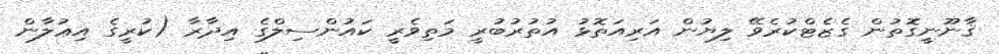
ޤާނޫނީގޮތުން ގެޒެޓްކުރެވޭ ލިޔުން އަރިއަތޮޅު އުތުރުބުރީ މަތިވެރީ ކައުންސިލްގެ އިދާރާ (ކުރީގެ އިޢުލާން